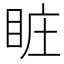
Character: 𥅾